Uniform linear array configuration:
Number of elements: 16
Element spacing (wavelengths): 0.75
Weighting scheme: exponential
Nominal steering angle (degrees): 30
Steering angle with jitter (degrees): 30.101
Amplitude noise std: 0.05
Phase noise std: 0.05

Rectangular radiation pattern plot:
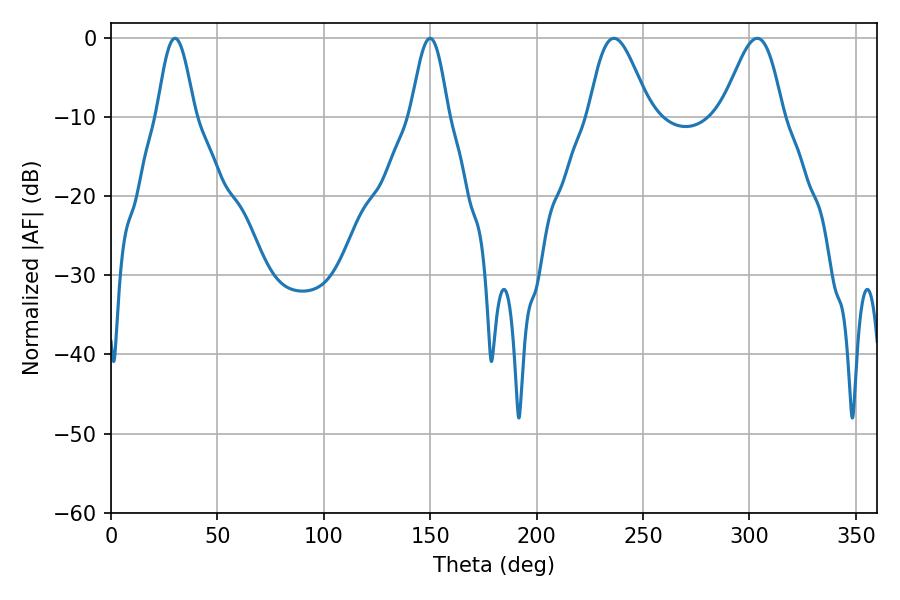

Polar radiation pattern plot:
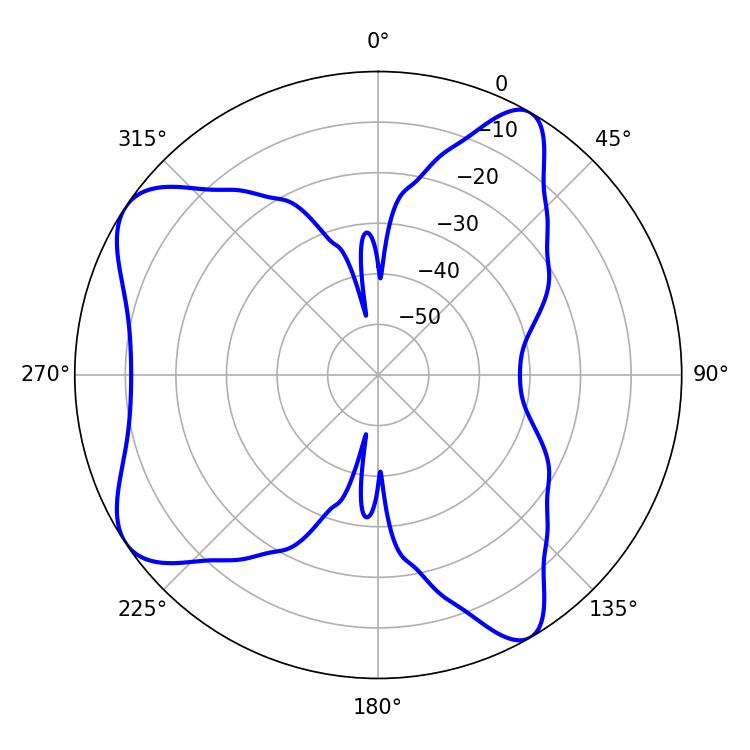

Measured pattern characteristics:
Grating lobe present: TRUE
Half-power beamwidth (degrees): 15.3
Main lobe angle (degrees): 236.34